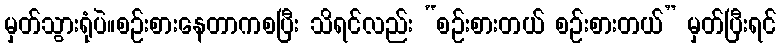
မှတ်သွားရုံပဲ။စဉ်းစားနေတာကစပြီး သိရင်လည်း “စဉ်းစားတယ် စဉ်းစားတယ်” မှတ်ပြီးရင်